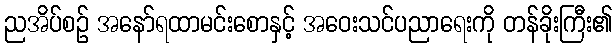
ညအိပ်စဉ် အနော်ရထာမင်းစောနှင့် အဝေးသင်ပညာရေးကို တန်ခိုးကြီး၏